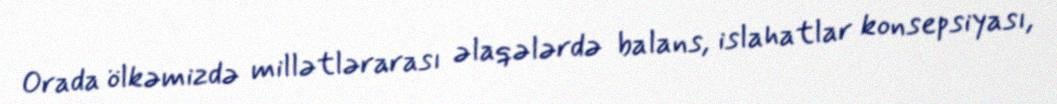
Orada ölkəmizdə millətlərarası əlaqələrdə balans, islahatlar konsepsiyası,